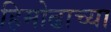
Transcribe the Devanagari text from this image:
हिमोढाच्या